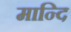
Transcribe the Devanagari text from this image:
मान्दि